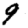
Digit: 9